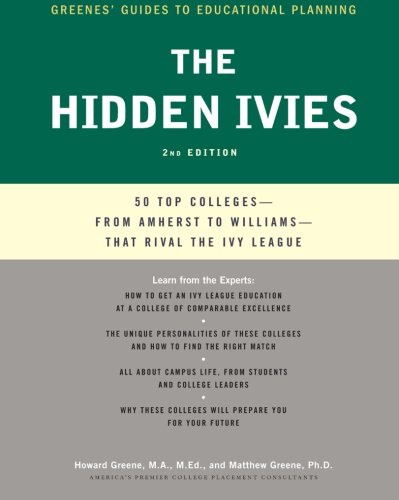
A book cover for The Hidden Ivies, 2nd Edition: 50 Top Collegesfrom Amherst to Williams That Rival the Ivy League (Greene's Guides); Howard Greene; Education & Teaching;